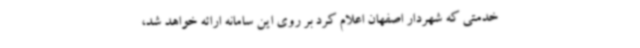
خدمتی که شهردار اصفهان اعلام کرد بر روی این سامانه ارائه خواهد شد،